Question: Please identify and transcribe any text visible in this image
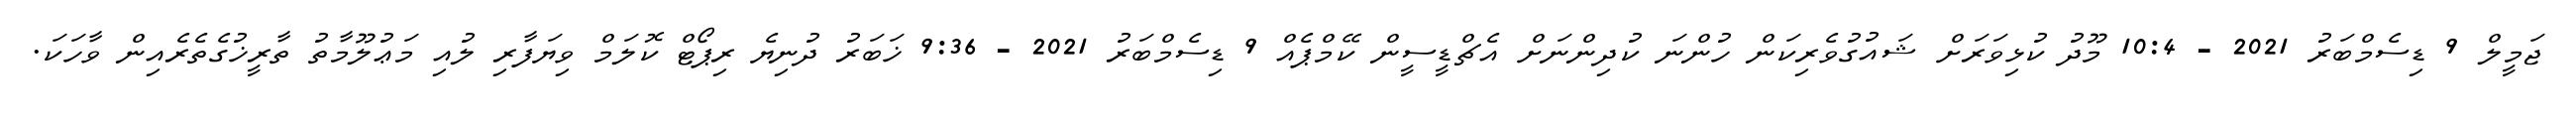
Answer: ޖަމީލް 9 ޑިސެމްބަރު 2021 - 10:4 މޫދު ކުޅިވަރަށް ޝައުގުވެރިކަން ހުންނަ ކުދިންނަށް އެޗްޑީސީން ކޭމްޕެއް 9 ޑިސެމްބަރު 2021 - 9:36 ޚަބަރު ދުނިޔެ ރިޕޯޓް ކޮލަމް ވިޔަފާރި ލުއި މަޢުލޫމާތު ތާރީޚުގެތެރެއިން ވާހަކަ.